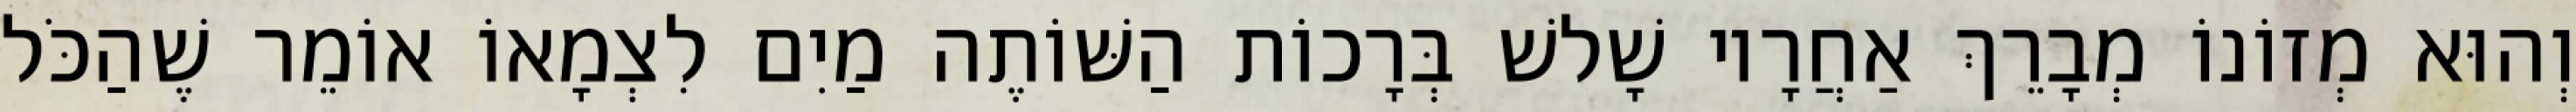
וְהוּא מְזוֹנוֹ מְבָרֵךְ אַחֲרָיו שָׁלשׁ בְּרָכוֹת הַשּׁוֹתֶה מַיִם לִצְמָאוֹ אוֹמֵר שֶׁהַכֹּל